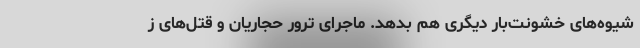
شیوه‌های خشونت‌بار دیگری هم بدهد. ماجرای ترور حجاریان و قتل‌های ز